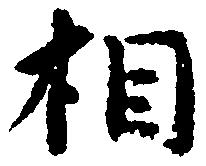
相